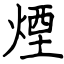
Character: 煙